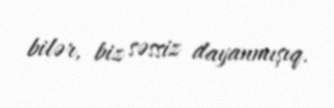
bilər, biz səssiz dayanmışıq.